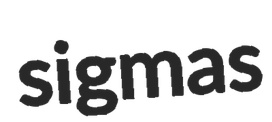
sigmas